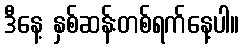
ဒီနေ့ နှစ်ဆန်းတစ်ရက်နေ့ပါ။